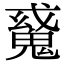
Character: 𩳠